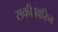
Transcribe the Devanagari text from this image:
सकी।वॉरेन